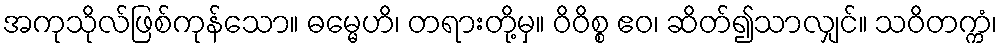
အကုသိုလ်ဖြစ်ကုန်သော။ ဓမ္မေဟိ၊ တရားတို့မှ။ ဝိဝိစ္စ ဧဝ၊ ဆိတ်၍သာလျှင်။ သဝိတက္ကံ၊